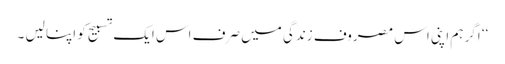
‘‘ اگر ہم اپنی اس مصروف زندگی میں صرف اس ایک تسبیح کو اپنا لیں ۔